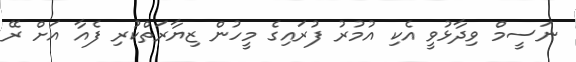
ނަސީމް ވިދާޅުވީ އެކި އުމުރު ފުރައިގެ މީހުން ޒިޔާރަތްކުރި ފެއާ އަށް ރޭ